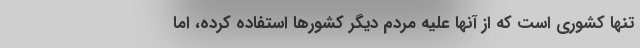
تنها کشوری است که از آنها علیه مردم دیگر کشورها استفاده کرده، اما